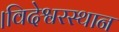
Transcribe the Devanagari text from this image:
।विदेश्वरस्थान